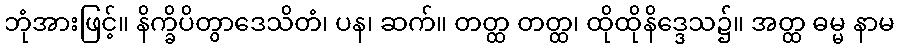
ဘုံအားဖြင့်။ နိက္ခိပိတွာဒေသိတံ၊ ပန၊ ဆက်။ တတ္ထ တတ္ထ၊ ထိုထိုနိဒ္ဒေသ၌။ အတ္ထ ဓမ္မ နာမ